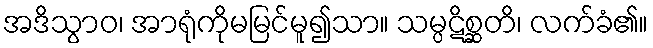
အဒိသွာဝ၊ အာရုံကိုမမြင်မူ၍သာ။ သမ္ပဋိစ္ဆတိ၊ လက်ခံ၏။